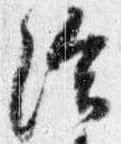
給